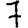
Digit: 7